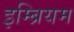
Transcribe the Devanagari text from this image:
इम्ब्रियम